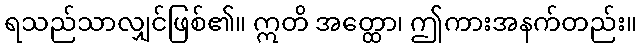
ရသည်သာလျှင်ဖြစ်၏။ ဣတိ အတ္ထော၊ ဤကားအနက်တည်း။